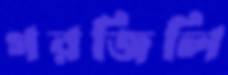
গরজিলি